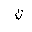
Letter: _non